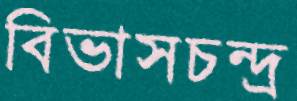
বিভাসচন্দ্র